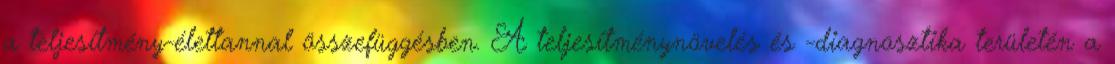
a teljesítmény-élettannal összefüggésben. A teljesítménynövelés és -diagnosztika területén a